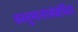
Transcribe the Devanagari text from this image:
वस्तुमानांसंबंधित